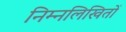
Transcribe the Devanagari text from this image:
निम्नलिखितों